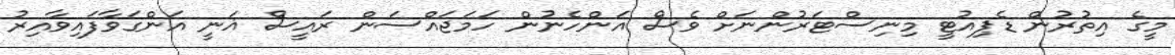
މީގެ އިތުރުން ޑެޕިއުޓީ މިނިސްޓަރުންނަށް ވެސް އަންހެނުން ހަމަޖައްސަން ރައީސް ޣަނީ އަންގަވާފައިވާއިރު